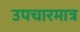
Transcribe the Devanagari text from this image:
उपचारमात्र